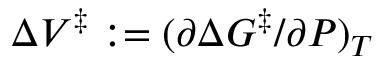
\Delta V ^ { \ddagger } : = ( \partial \Delta G ^ { \ddagger } / \partial P ) _ { T }